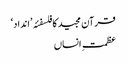
قرآن مجید کا فلسفئہ ’انداد‘
عظمتِ انساں